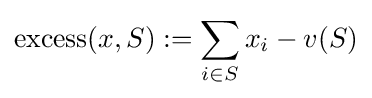
\mathrm {excess} (x,S):=\sum _{i\in S}x_{i}-v(S)